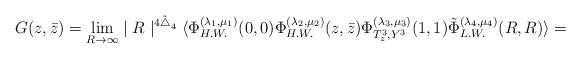
LaTeX: \begin{align*}G(z , \bar{z}) =\lim_{R\rightarrow\infty}\mid{R}\mid^{4\tilde\bigtriangleup_{4}} \langle\Phi_{H.W.}^{(\lambda_{1} , \mu_{1})}(0 , 0)\Phi_{H.W.}^{(\lambda_{2} ,\mu_{2})}(z , \bar{z}) \Phi_{T_{z}^{3} , Y^{3}}^{(\lambda_{3} , \mu_{3})}(1 ,1)\tilde\Phi_{L.W.}^{(\lambda_{4} , \mu_{4})}(R , R) \rangle =\end{align*}